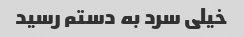
خیلی سرد به دستم رسید